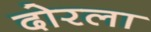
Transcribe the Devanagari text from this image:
दोरला